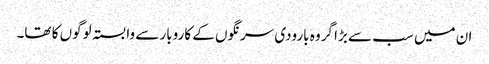
ان میں سب سے بڑا گروہ بارودی سرنگوں کے کاروبار سے وابستہ لوگوں کا تھا۔